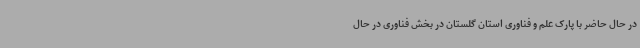
در حال حاضر با پارک علم و فناوری استان گلستان در بخش فناوری در حال